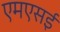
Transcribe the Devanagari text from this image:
एमएसई